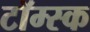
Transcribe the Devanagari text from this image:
टॉम्स्क